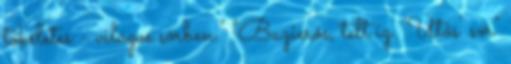
tökéletes - világos sörben." "Bazierős, telt íz. 'Ütős' sör"